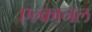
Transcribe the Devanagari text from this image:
एल्कानल